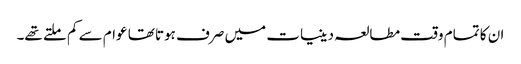
ان کا تمام وقت مطالعہ دینیات میں صرف ہوتا تھا عوام سے کم ملتے تھے۔